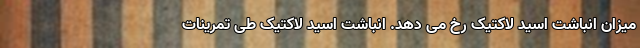
میزان انباشت اسید لاکتیک رخ می دهد. انباشت اسید لاکتیک طی تمرینات